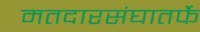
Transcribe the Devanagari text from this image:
मतदारसंघातर्फे